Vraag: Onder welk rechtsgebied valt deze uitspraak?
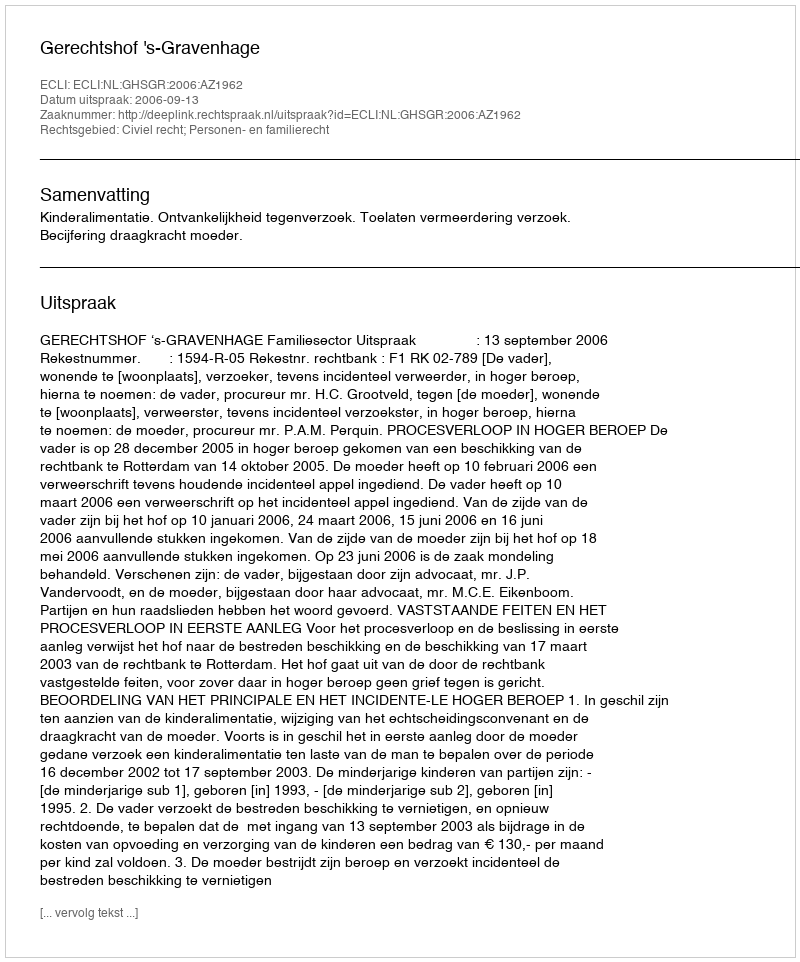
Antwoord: Civiel recht; Personen- en familierecht